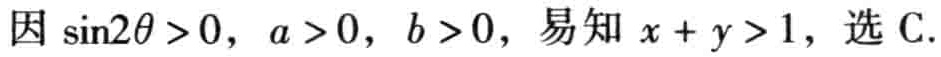
因\(\sin2\theta >0\)，\(a >0\)，\(b >0\)，易知\(x + y >1\)，选C.